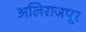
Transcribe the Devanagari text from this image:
अलिराजपूर